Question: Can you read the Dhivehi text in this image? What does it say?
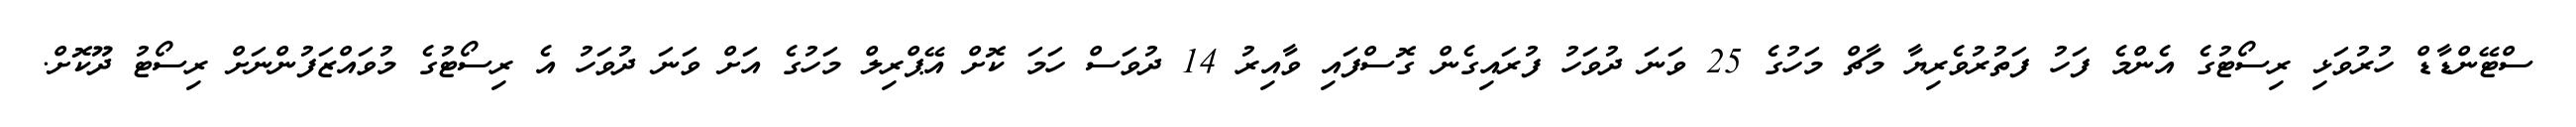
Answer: ސްޓޭންޑާޑް ހުރުވަޅި ރިސޯޓުގެ އެންމެ ފަހު ފަތުރުވެރިޔާ މާޗް މަހުގެ 25 ވަނަ ދުވަހު ފުރައިގެން ގޮސްފައި ވާއިރު 14 ދުވަސް ހަމަ ކޮށް އޭޕްރިލް މަހުގެ އަށް ވަނަ ދުވަހު އެ ރިސޯޓުގެ މުވައްޒަފުންނަށް ރިސޯޓު ދޫކޮށް.